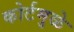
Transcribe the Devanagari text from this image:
कोर्टमुळे